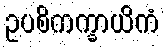
ဥပစိကက္ခာယိကံ